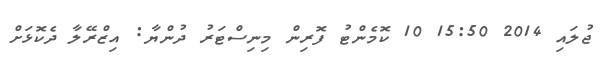
ޖުލައި 2014 15:50 10 ކޮމެންޓު ފޮރިން މިނިސްޓަރު ދުންޔާ: އިޒްރޭލާ ދެކޮޅަށް